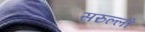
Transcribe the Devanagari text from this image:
सरुल्ली